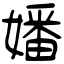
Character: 嬏